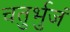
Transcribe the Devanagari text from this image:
चतुर्भुजं